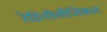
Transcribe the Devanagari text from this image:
रेडियोलीजिकल